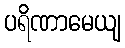
ပရိဏာမေယျ